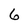
Character: 6